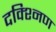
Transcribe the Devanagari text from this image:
दक्श्निण